Annual report of the Punjab Veterinary College and of the Civil Veterinary Department, Punjab - 1909-1919
Year: 1909
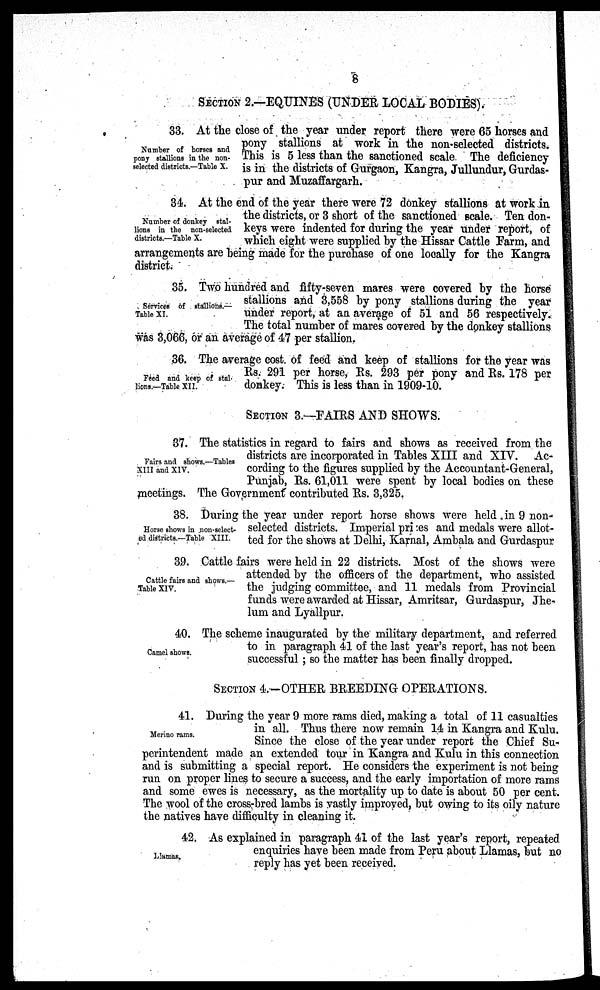
8
SECTION 2.—EQUINES (UNDER LOCAL BODIES).
Number of horses and
pony stallions in the non-
selected districts.—Table X.
33. At the close of the year under report there were 65 horses and
pony stallions at work in the non-selected districts.
This is 5 less than the sanctioned scale The deficiency
is in the districts of Gurgaon, Kangra, Jullundur, Gurdas-
pur and Muzaffargarh.
Number of donkey stal-
lions in the non-selected
districts.—Table X.
34. At the end of the year there were 72 donkey stallions at work in
the districts, or 3 short of the sanctioned scale. Ten don-
keys were indented for during the year under report, of
which eight were supplied by the Hissar Cattle Farm, and
arrangements are being made for the purchase of one locally for the Kangra
district.
Services of stallions.—
Table XI.
35. Two hundred and fifty-seven mares were covered by the horse
stallions and 3,558 by pony stallions during the year
under report, at an average of 51 and 56 respectively.
The total number of mares covered by the donkey stallions
was 3,066, or an average of 47 per stallion.
Feed and keep of stal-
lions.—Table XII.
36. The average cost. of feed and keep of stallions for the year was
Rs. 291 per horse, Rs. 293 per pony and Rs. 178 per
donkey. This is less than in 1909-10.
SECTION 3.—FAIRS AND SHOWS.
Fairs and shows.—Tables
XIII and XIV.
37. The statistics in regard to fairs and shows as received from the
districts are incorporated in Tables XIII and XIV. Ac-
cording to the figures supplied by the Accountant-General,
Punjab, Rs. 61,011 were spent by local bodies on these
meetings. The Government contributed Rs. 3,325.
Horse shows in non-select-
ed districts.—Table XIII.
38. During the year under report horse shows were held in 9 non-
selected districts. Imperial prices and medals were allot-
ted for the shows at Delhi, Karnal, Ambala and Gurdaspur
Cattle fairs and shows.—
Table XIV
39. Cattle fairs were held in 22 districts. Most of the shows were
attended by the officers of the department, who assisted
the judging committee, and 11 medals from Provincial
funds were awarded at Hissar, Amritsar, Gurdaspur, Jhe-
lum and Lyallpur.
Camel shows.
40. The scheme inaugurated by the military department, and referred
to in paragraph 41 of the last year's report, has not been
successful; so the matter has been finally dropped.
SECTION 4.—OTHER BREEDING OPERATIONS.
Merino rams.
41. During the year 9 more rams died, making a total of 11 casualties
in all. Thus there now remain 14 in Kangra and Kulu.
Since the close of the year under report the Chief Su-
perintendent made an extended tour in Kangra and Kulu in this connection
and is submitting a special report. He considers the experiment is not being
run on proper lines to secure a success, and the early importation of more rams
and some ewes is necessary, as the mortality up to date is about 50 per cent.
The wool of the cross-bred lambs is vastly improved, but owing to its oily nature
the natives have difficulty in cleaning it.
Llamas.
42. As explained in paragraph 41 of the last year's report, repeated
enquiries have been made from Peru about Llamas, but no
reply has yet been received.